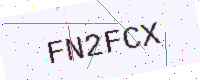
Text: FN2FCX